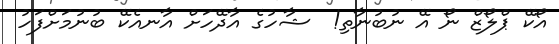
އޯކޭ ޕްލޯޒް ނޯ އޭ ނުބުނާތި!  ޝާހުގެ އާދޭހަށް އާނއެކޭ ބުނުމަށްފަހު